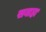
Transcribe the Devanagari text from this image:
सबाहा